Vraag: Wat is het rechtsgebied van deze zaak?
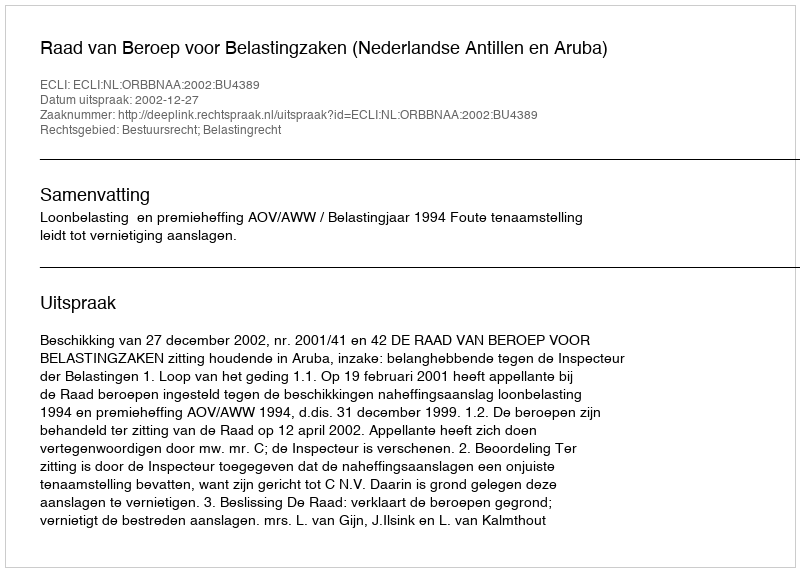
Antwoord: Bestuursrecht; Belastingrecht